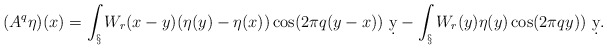
\begin{align*}(A^q\eta)(x) = \int_\S W_r(x-y)(\eta(y)-\eta(x))\cos(2\pi q(y-x))\ \d y - \int_\S W_r(y)\eta(y)\cos(2\pi q y))\ \d y.\end{align*}